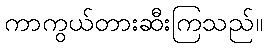
ကာကွယ်တားဆီးကြသည်။